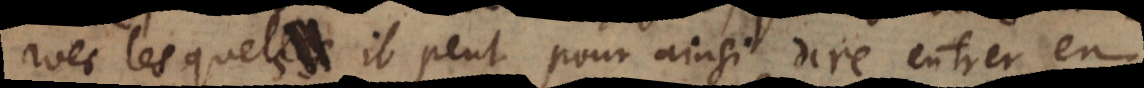
avec lesquels il peut pour ainsi dire entrer en